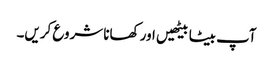
آپ بیٹا بیٹھیں اور کھانا شروع کریں۔